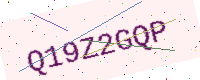
Text: Q19Z2GQP